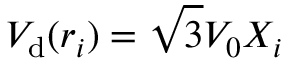
V _ { \mathrm { d } } ( r _ { i } ) = \sqrt { 3 } V _ { 0 } X _ { i }